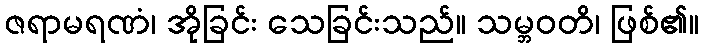
ဇရာမရဏံ၊ အိုခြင်း သေခြင်းသည်။ သမ္ဘဝတိ၊ ဖြစ်၏။